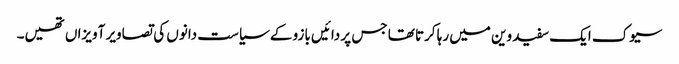
سیوک ایک سفید وین میں رہا کرتا تھا جس پر دائیں بازو کے سیاست دانوں کی تصاویر آویزاں تھیں۔